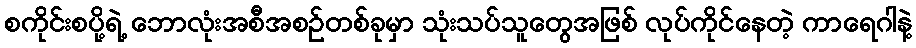
စကိုင်းစပို့ရဲ့ ဘောလုံးအစီအစဉ်တစ်ခုမှာ သုံးသပ်သူတွေအဖြစ် လုပ်ကိုင်နေတဲ့ ကာရေဂါနဲ့